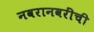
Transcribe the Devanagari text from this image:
नवरानवरींची